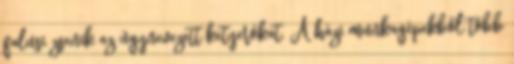
falusi zsenik az úgynevezett ketyerókat. A házi munkagépekből több